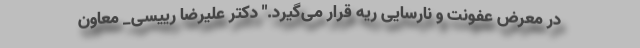
در معرض عفونت و نارسایی ریه قرار می‌گیرد." دکتر علیرضا رییسی_ معاون